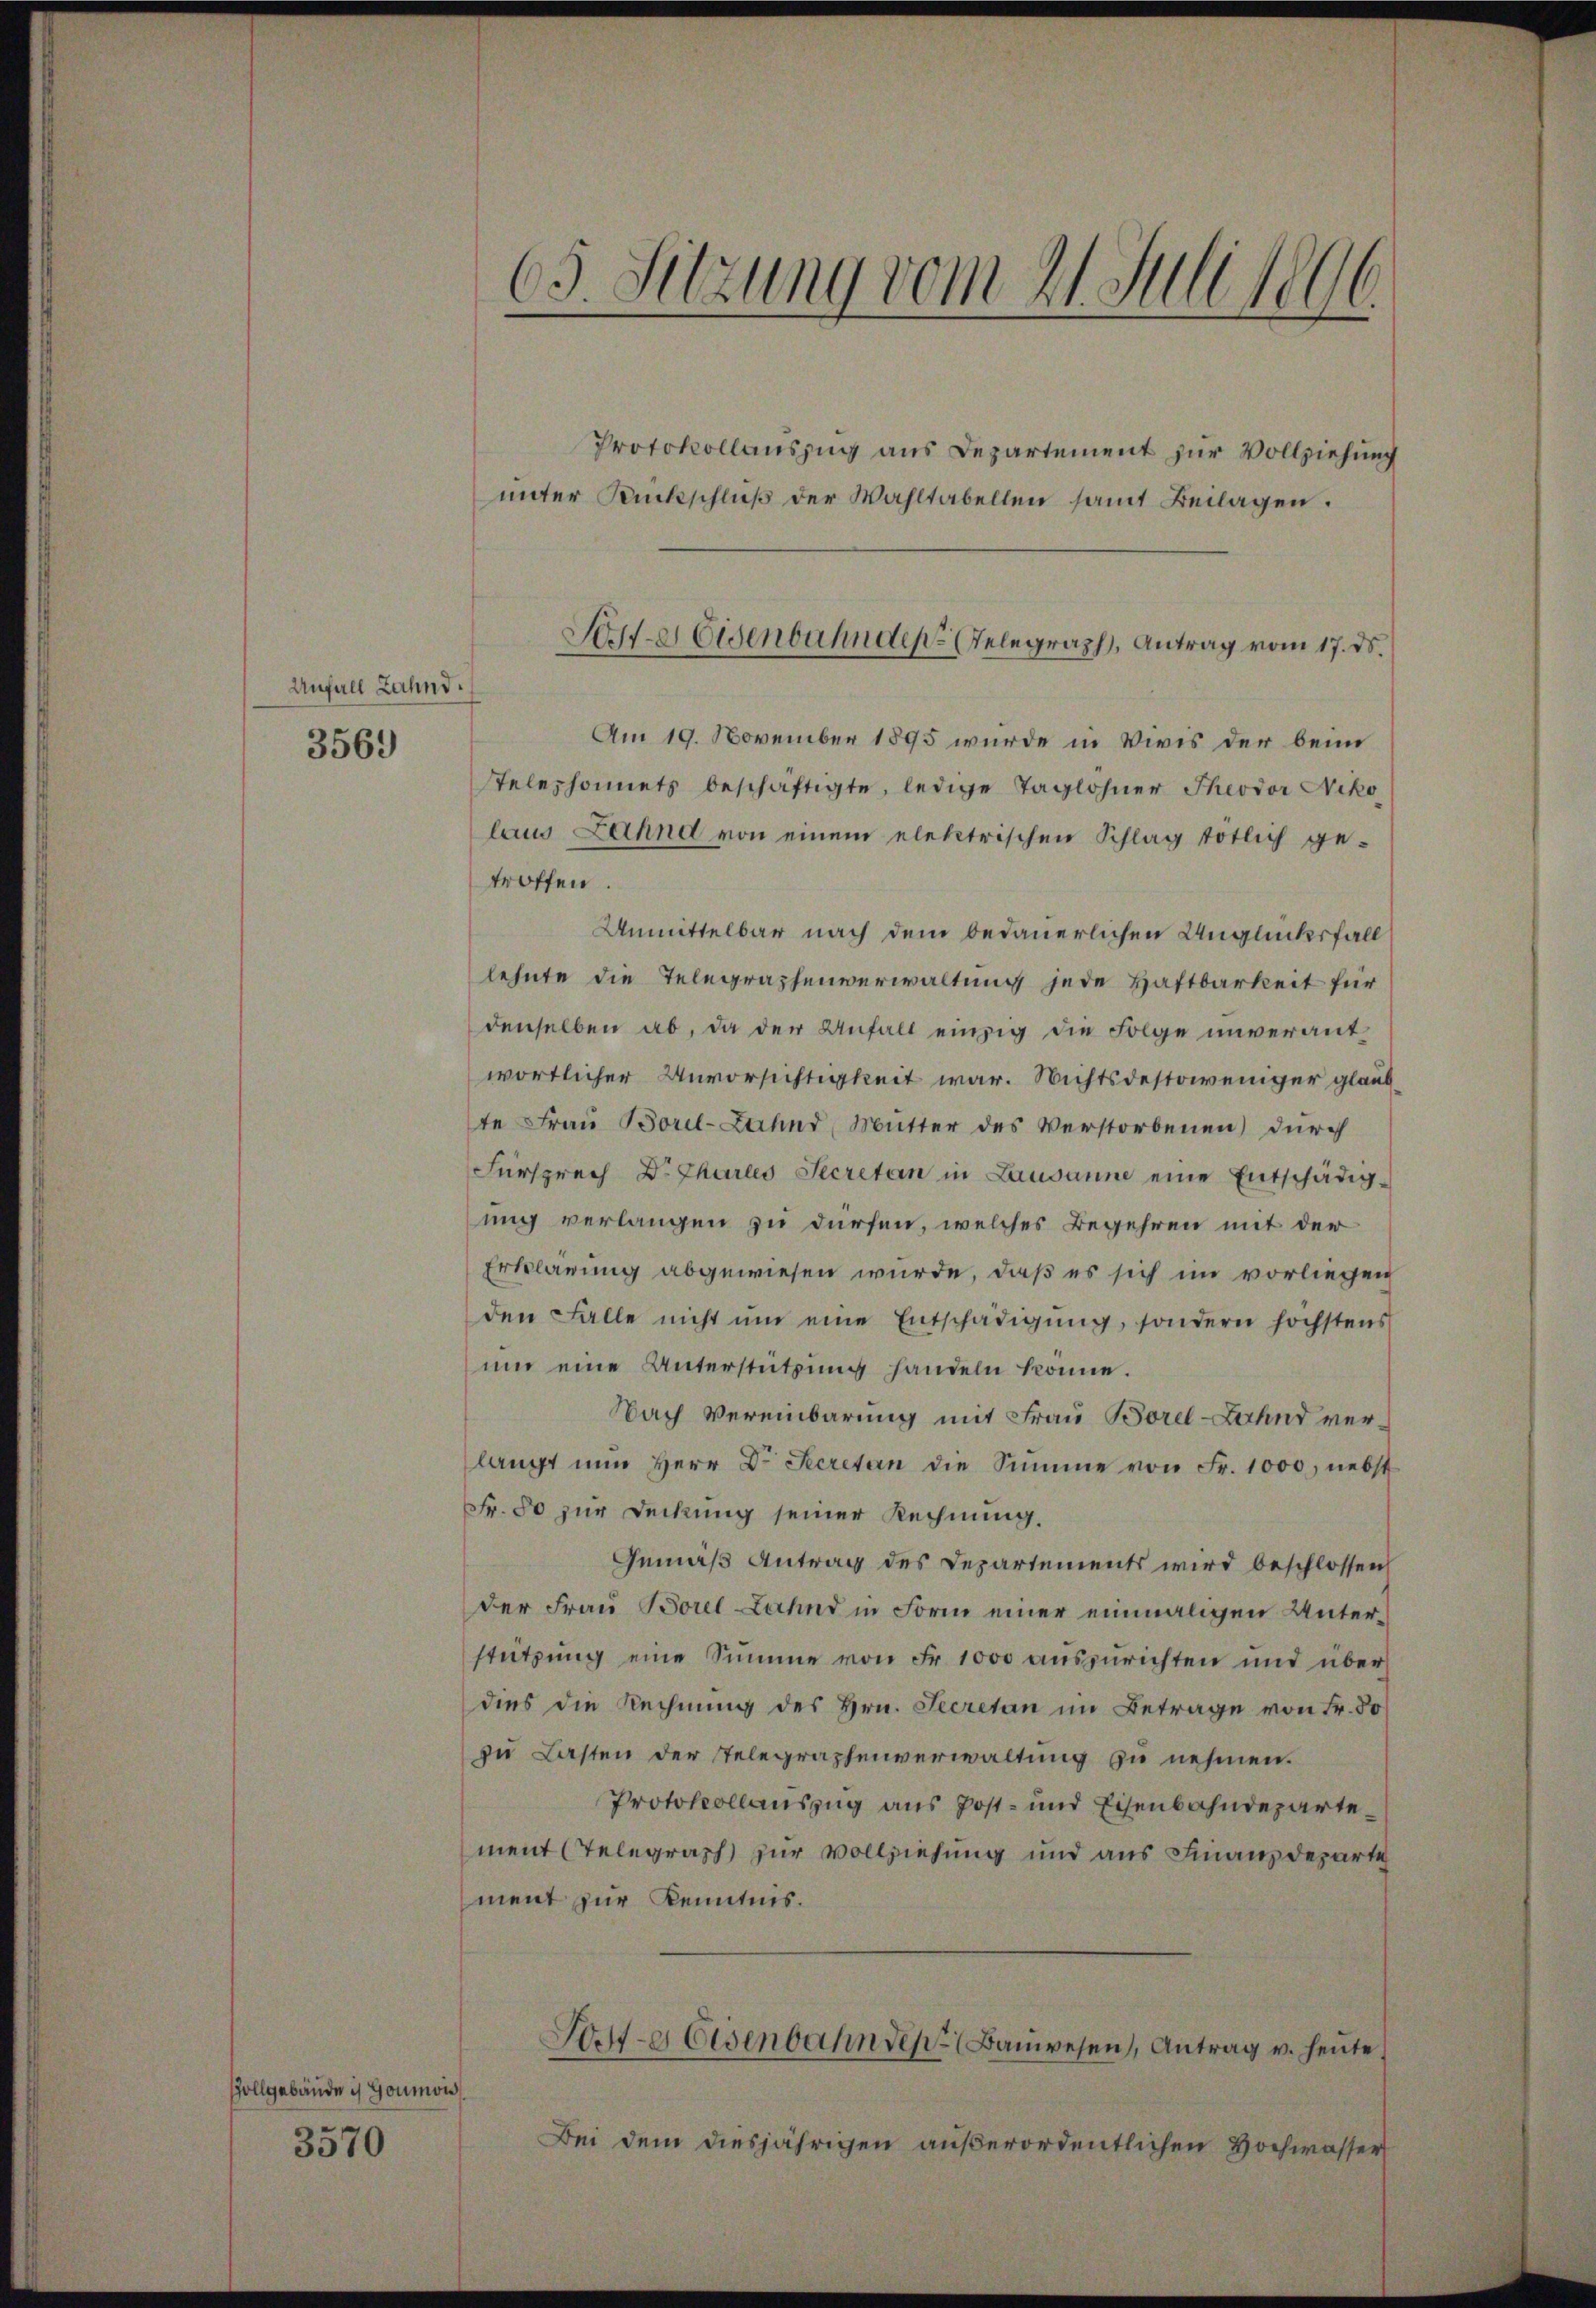
Anfall Zahnd.

3569

Gollgebäude is Goumon
3570

65. Sitzung vom 21. Juli 1896

Protokollauszug aus Departement zur Vollziehung
ŭnter Rückschlŭβ der Wahltabellen samt Beilagen.
Am 19. November 1895 wurde in Vivis der beim
Stelephonnets beschäftigte, ledige Taglöhner Theodor Niko
laus Lannd von einem elektrischen Schlag tötlich ge-
troffen.
Unmittelbar nach dem bedauerlichen Unglücksfall
lehnte die Telegraphenverwaltung jede Haftbarkeit für
denselben ab, da der Anfall einzig die Folge unverantwortlicher Unvorsichtigkeit war. Nichtsdestoweniger glaub
te Frau Borel-Zahnd, Mutter des Verstorbenen) durch
Fürsprech Dr. Chartes Secretan in Lausanne eine Entschädig-
ung verlangen zu dürfen, welches Begehren mit der
Erklärung abgewiesen wurde, daß es sich im vorliegen
den Falle nicht ŭm eine Entschädigŭng, sondern höchstens
ŭm eine Unterstützŭng handeln könne.
Nach Vereinbarung mit Frau Borel-Land verlangt nun Herr Dr. Secretan die Summe von Fr. 1000, nebst
Fr. 80 zur Deckung seiner Rechnung.
Gemäß Antrag des Departements wird beschlossen
der Frau Borel Lahnd in Form einer einmaligen Unterstützung eine Summe von Fr. 1000 auszurichten und überdies die Rechnung des Hrn. Secretan im Betrage von Fr. 50
zu Lasten der Telegraphenverwaltung zu nehmen.
Protokollauszug aus Post- und Eisenbahndepartement Telegraph zur Vollziehung und aus Finanzdeparte
ment zur Kenntnis.
Torte Eisenbahn der Bauwesen, Antrag u. heute.
Bei dem diesjährigen außerordentlichen Hochwasser

Serte Eisenbahnden Telegraph, Antrag vom 17. ds.